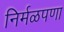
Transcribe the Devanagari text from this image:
निर्मळपणा